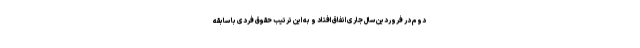
دوم در فروردین سال جاری اتفاق افتاد و به این ترتیب حقوق فردی با سابقه